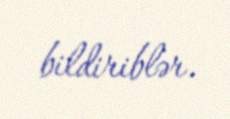
bildiriblər.